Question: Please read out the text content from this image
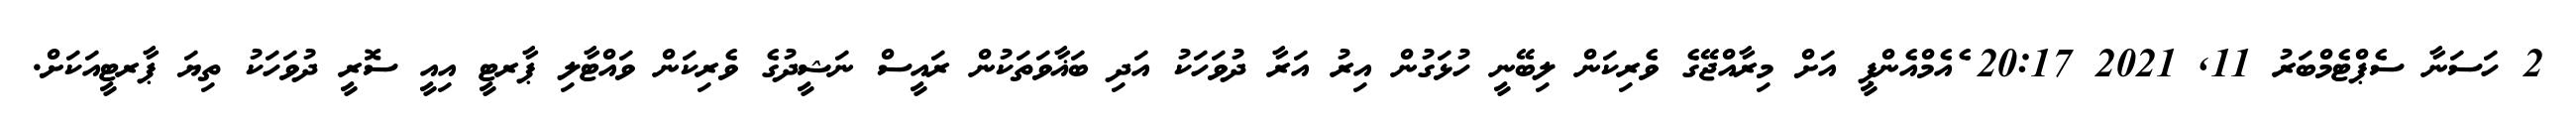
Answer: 2 ހަސަނާ ސެޕްޓެމްބަރު 11, 2021 20:17 ެއެމްއެންޕީ އަށް މިރާއްޖޭގެ ވެރިކަން ލިބޭނީ ހުޅަގުން އިރު އަރާ ދުވަހަކު އަދި ބަޣާވަތަކުން ރައީސް ނަޝީދުގެ ވެރިކަން ވައްޓާލި ޕާރޓީ އިއީ ސޮރީ ދުވަހަކު ތިޔަ ޕާރޓީއަކަށް.